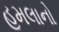
હૂમલાનો